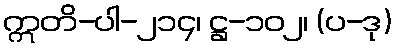
ဣတိ-ပါ-၂၁၄၊ ဋ္ဌ-၁၀၂၊ (ပ-ဒု)